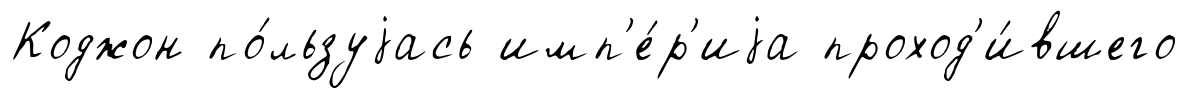
Коджон по́льзуjась имп'е́р'иjа проход'и́вшего